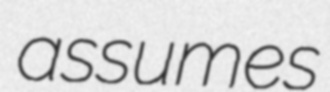
assumes